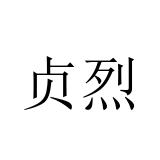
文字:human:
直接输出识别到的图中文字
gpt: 贞烈